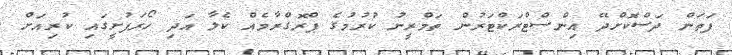
ފަތަން ދަސްކޮށްދޭ އިންސްޓްރަކްޓަރުން ތަމްރީނު ކުރުމުގެ ޕްރޮގްރާމެއް ކެލާ އަދި ހޯރަފުށީގައި ކުރިއަށް